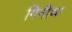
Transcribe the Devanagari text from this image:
गिनीथा